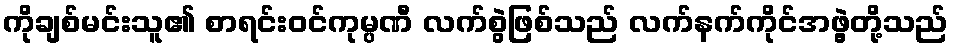
ကိုချစ်မင်းသူ၏ စာရင်းဝင်ကုမ္ပဏီ လက်စွဲဖြစ်သည် လက်နက်ကိုင်အဖွဲ့တို့သည်